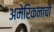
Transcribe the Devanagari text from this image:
अमेरिकनाची